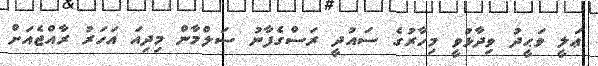
ޢަލީ ވަޙީދު ވިދާޅުވީ މިހާރުގެ ސައުދީ ރަސްގެފާނު ސަލްމާން މިދިއަ އަހަރު ރާއްޖެއަށް